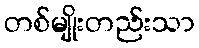
တစ်မျိုးတည်းသာ